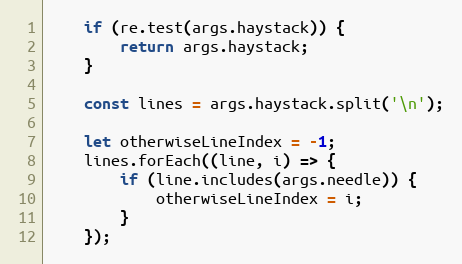
Language: JavaScript
    if (re.test(args.haystack)) {
        return args.haystack;
    }

    const lines = args.haystack.split('\n');

    let otherwiseLineIndex = -1;
    lines.forEach((line, i) => {
        if (line.includes(args.needle)) {
            otherwiseLineIndex = i;
        }
    });